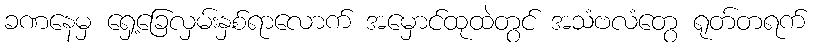
ခဏနေမှ ရှေ့ခြေလှမ်းနှစ်ရာလောက် အမှောင်ထုထဲတွင် အသံဗလံတွေ ရုတ်တရက်